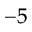
^ { - 5 }